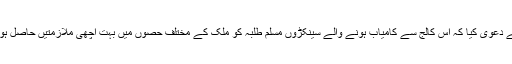
انہوں نے دعویٰ کیا کہ اس کالج سے کامیاب ہونے والے سینکڑوں مسلم طلبہ کو ملک کے مختلف حصوں میں بہت اچھی ملازمتیں حاصل ہوئی ہیں ۔